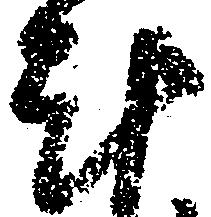
計